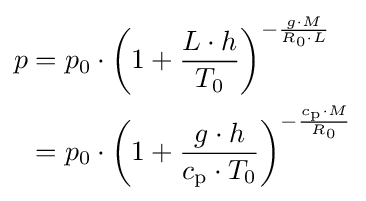
{\begin{aligned}p&=p_{0}\cdot \left(1+{\frac {L\cdot h}{T_{0}}}\right)^{-{\frac {g\cdot M}{R_{0}\cdot L}}}\\&=p_{0}\cdot \left(1+{\frac {g\cdot h}{c_{\text{p}}\cdot T_{0}}}\right)^{-{\frac {c_{\text{p}}\cdot M}{R_{0}}}}\end{aligned}}